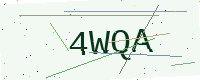
Text: 4WQA